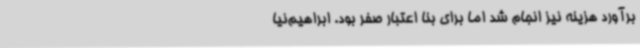
برآورد هزینه نیز انجام شد اما برای بنا اعتبار صفر بود. ابراهیم‌نیا